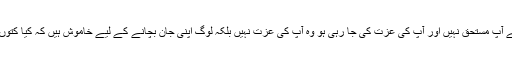
جس عزت کے آپ مستحق نہیں اور آپ کی عزت کی جا رہی ہو وہ آپ کی عزت نہیں بلکہ لوگ اپنی جان بچانے کے لیے خاموش ہیں کہ کیا کتوں کے منہ لگنا۔